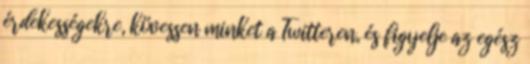
érdekességekre, kövessen minket a Twitteren, és figyelje az egész